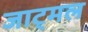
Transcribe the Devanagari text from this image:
जाट्मल